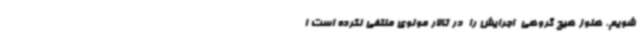
شویم. هنوز هیچ گروهی  اجرایش را  در تالار مولوی منتفی نکرده است ا